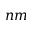
n m